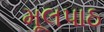
મૂલપાઠ